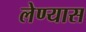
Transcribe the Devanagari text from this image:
लेण्यास